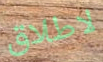
لاطلاق